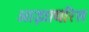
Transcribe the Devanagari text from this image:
ओझायरिस